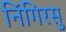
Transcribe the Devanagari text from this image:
निंगिरसु